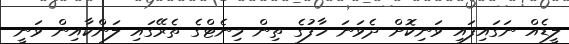
ލީޑެއް ނަގައިފައި ވަނިކޮށް ދެވަނަ ހާފުގެ ތިން މިނެޓްގެ ތެރޭގައި ލަންކާއިން ވަނީ